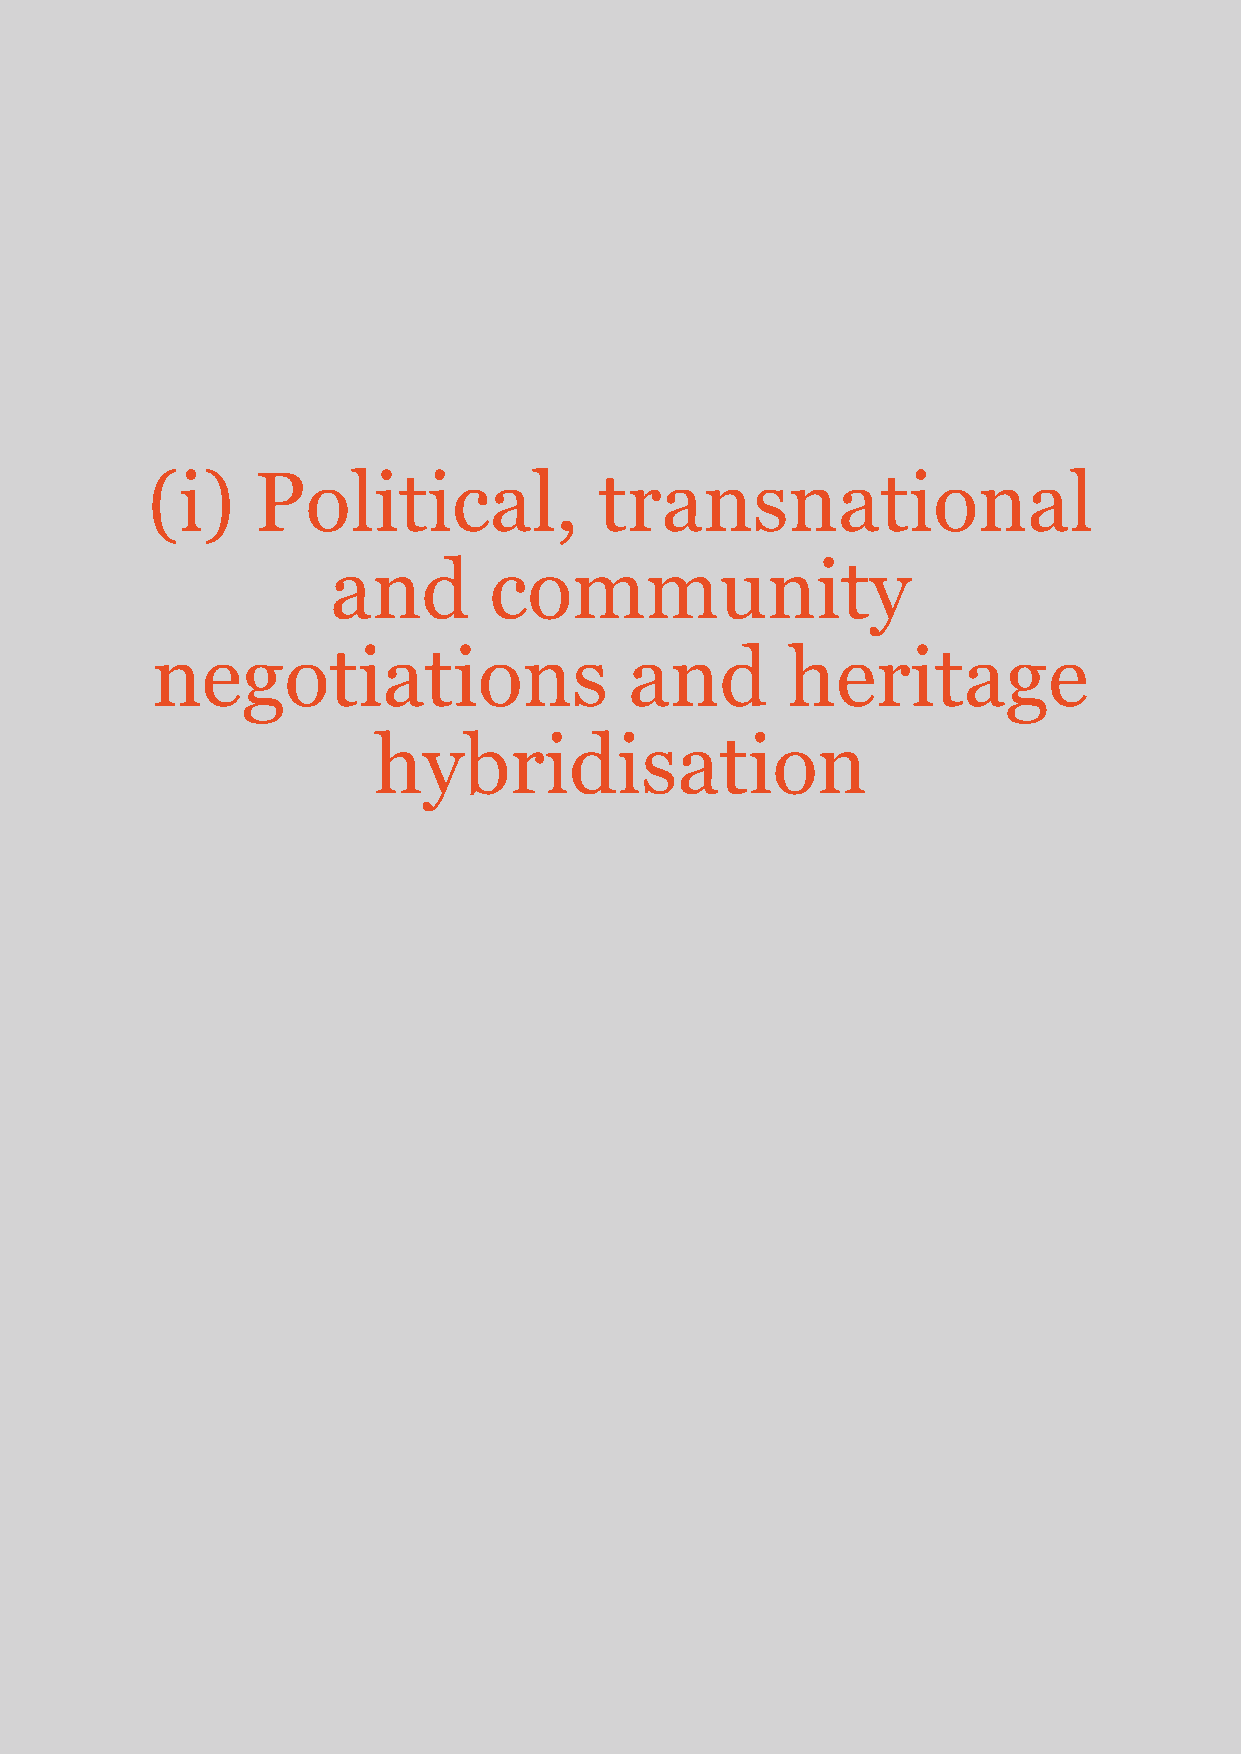
(i)    Political,             transnational
 and       community
 negotiations                    and       heritage
 hybridisation